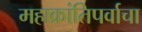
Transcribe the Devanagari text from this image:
महाक्रांतिपर्वाचा